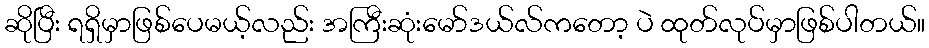
ဆိုပြီး ရရှိမှာဖြစ်ပေမယ့်လည်း အကြီးဆုံးမော်ဒယ်လ်ကတော့ ပဲ ထုတ်လုပ်မှာဖြစ်ပါတယ်။